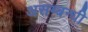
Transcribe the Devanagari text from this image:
असम्बन्धी